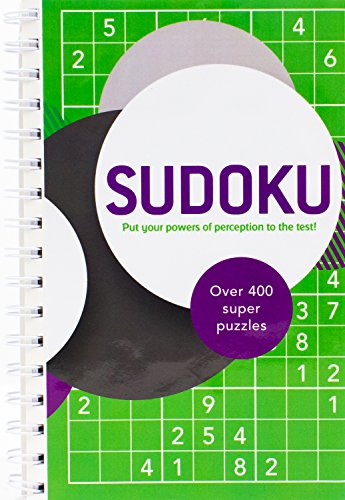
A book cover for Sudoku (Ultimate Spiral Puzzles); Parragon Books; Humor & Entertainment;